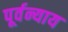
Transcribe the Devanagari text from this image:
पूर्वन्याय